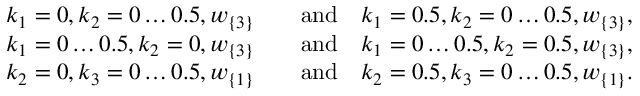
\begin{array} { r l } { k _ { 1 } = 0 , k _ { 2 } = 0 \ldots 0 . 5 , w _ { \{ 3 \} } \quad } & { \mathrm { a n d } \quad k _ { 1 } = 0 . 5 , k _ { 2 } = 0 \ldots 0 . 5 , w _ { \{ 3 \} } , } \\ { k _ { 1 } = 0 \ldots 0 . 5 , k _ { 2 } = 0 , w _ { \{ 3 \} } \quad } & { \mathrm { a n d } \quad k _ { 1 } = 0 \ldots 0 . 5 , k _ { 2 } = 0 . 5 , w _ { \{ 3 \} } , } \\ { k _ { 2 } = 0 , k _ { 3 } = 0 \ldots 0 . 5 , w _ { \{ 1 \} } \quad } & { \mathrm { a n d } \quad k _ { 2 } = 0 . 5 , k _ { 3 } = 0 \ldots 0 . 5 , w _ { \{ 1 \} } . } \end{array}